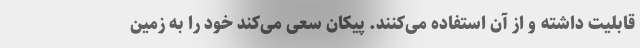
قابلیت داشته و از آن استفاده می‌کنند. پیکان سعی می‌کند خود را به زمین